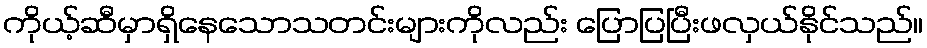
ကိုယ့်ဆီမှာရှိနေသောသတင်းများကိုလည်း ပြောပြပြီးဖလှယ်နိုင်သည်။